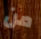
من